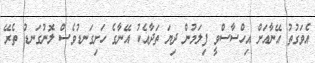
އެވަގުތު އޭނާއަށް އިހްސާސްވީ ފިލަމުން ދިޔަ ތަދާއެކު އޭނާގެ ހަށިގަނޑުވެސް ލޮނުގަނޑު ތެރޭ